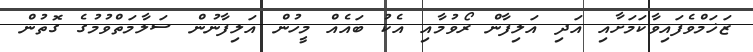
ޒަޚަމްވެފައިވާކަމަށާއި އަދި އަލިފާން ރޯވުމާއި އެކު ބައެއް މީހުން އަލިފާނުން ސަލާމަތްވުމުގެ ގޮތުން